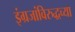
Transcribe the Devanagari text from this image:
इंग्रजांविरुद्धच्या